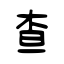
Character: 查